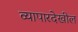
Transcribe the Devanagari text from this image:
व्यापारदेखील